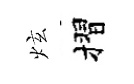
炫摺